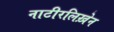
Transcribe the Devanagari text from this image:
नाटीरलिख़ेन